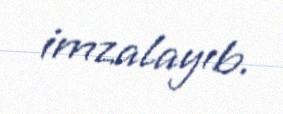
imzalayıb.